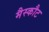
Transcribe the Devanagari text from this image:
मैस्कौट